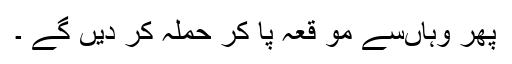
پھر وہاںسے مو قعہ پا کر حملہ کر دیں گے ۔